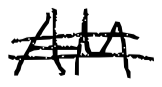
Text: AM
Cross-out: double-line
Writing tool: digital_black